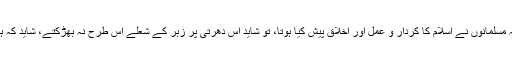
انڈیا کے معروف مسلمان سیاستدان بدر کاظمی لکھتے ہیں: "کاش کہ مسلمانوں نے اسلام کا کردار و عمل اور اخلاق پیش کیا ہوتا، تو شاید اس دھرتی پر زہر کے شعلے اس طرح نہ بھڑکتے، شاید کہ ہم اب بھی سنبھل جائیں اور اس طوفان کی آہٹ کو محسوس کرسکیں۔